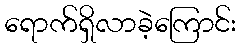
ရောက်ရှိလာခဲ့ကြောင်း